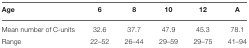
<table><thead><tr><td><b>Age</b></td><td><b>6</b></td><td><b>8</b></td><td><b>10</b></td><td><b>12</b></td><td><b>A</b></td></tr></thead><tbody><tr><td>Mean number of C-units</td><td>32.6</td><td>37.7</td><td>47.9</td><td>45.3</td><td>78.1</td></tr><tr><td>Range</td><td>22–52</td><td>26–44</td><td>29–59</td><td>29–75</td><td>41–94</td></tr></tbody></table>